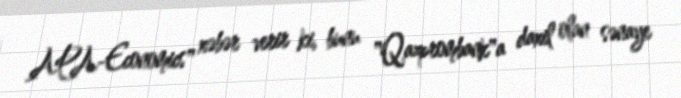
APA-Economics" xəbər verir ki, bunu "Qazprombank"a daxil olan sənaye